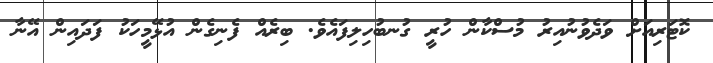
ކޮޓަރިއަށް ވަދެވުނުއިރު މުސްކާން ހުރީ ގުނބުހިލިފައެވެ. ބިރެއް ފެނިގެން އުޅޭމީހަކު ފަދައިން އޭނާ